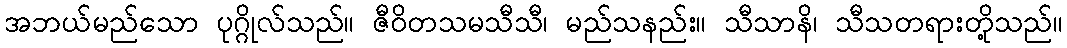
အဘယ်မည်သော ပုဂ္ဂိုလ်သည်။ ဇီဝိတသမသီသီ၊ မည်သနည်း။ သီသာနိ၊ သီသတရားတို့သည်။